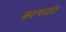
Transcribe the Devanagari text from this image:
कल्पनांत